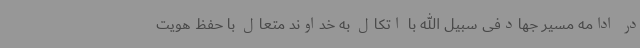
در ادامه مسیر جهادفی سبیل الله با اتکال به خداوند متعال با حفظ هویت